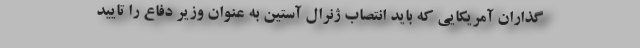
گذاران آمریکایی که باید انتصاب ژنرال آستین به عنوان وزیر دفاع را تایید